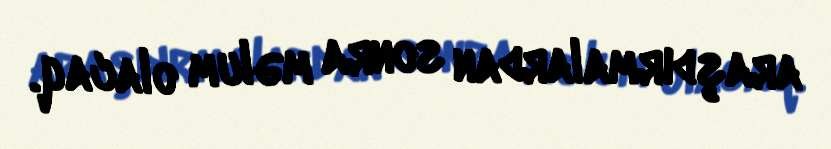
araşdırmalardan sonra məlum olacaq.